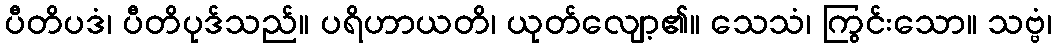
ပီတိပဒံ၊ ပီတိပုဒ်သည်။ ပရိဟာယတိ၊ ယုတ်လျော့၏။ သေသံ၊ ကြွင်းသော။ သဗ္ဗံ၊